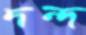
দন্দ